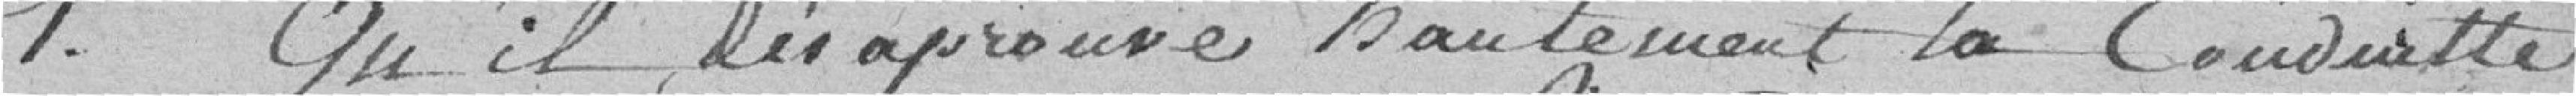
1° qu'il désapprouve hautement la conduite